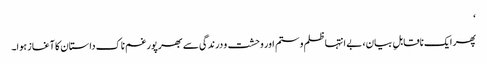
‘
پھر ایک ناقابلِ بیان، بے انتہا ظلم و ستم اور وحشت و درندگی سے بھرپور غم ناک داستان کا آغاز ہوا۔